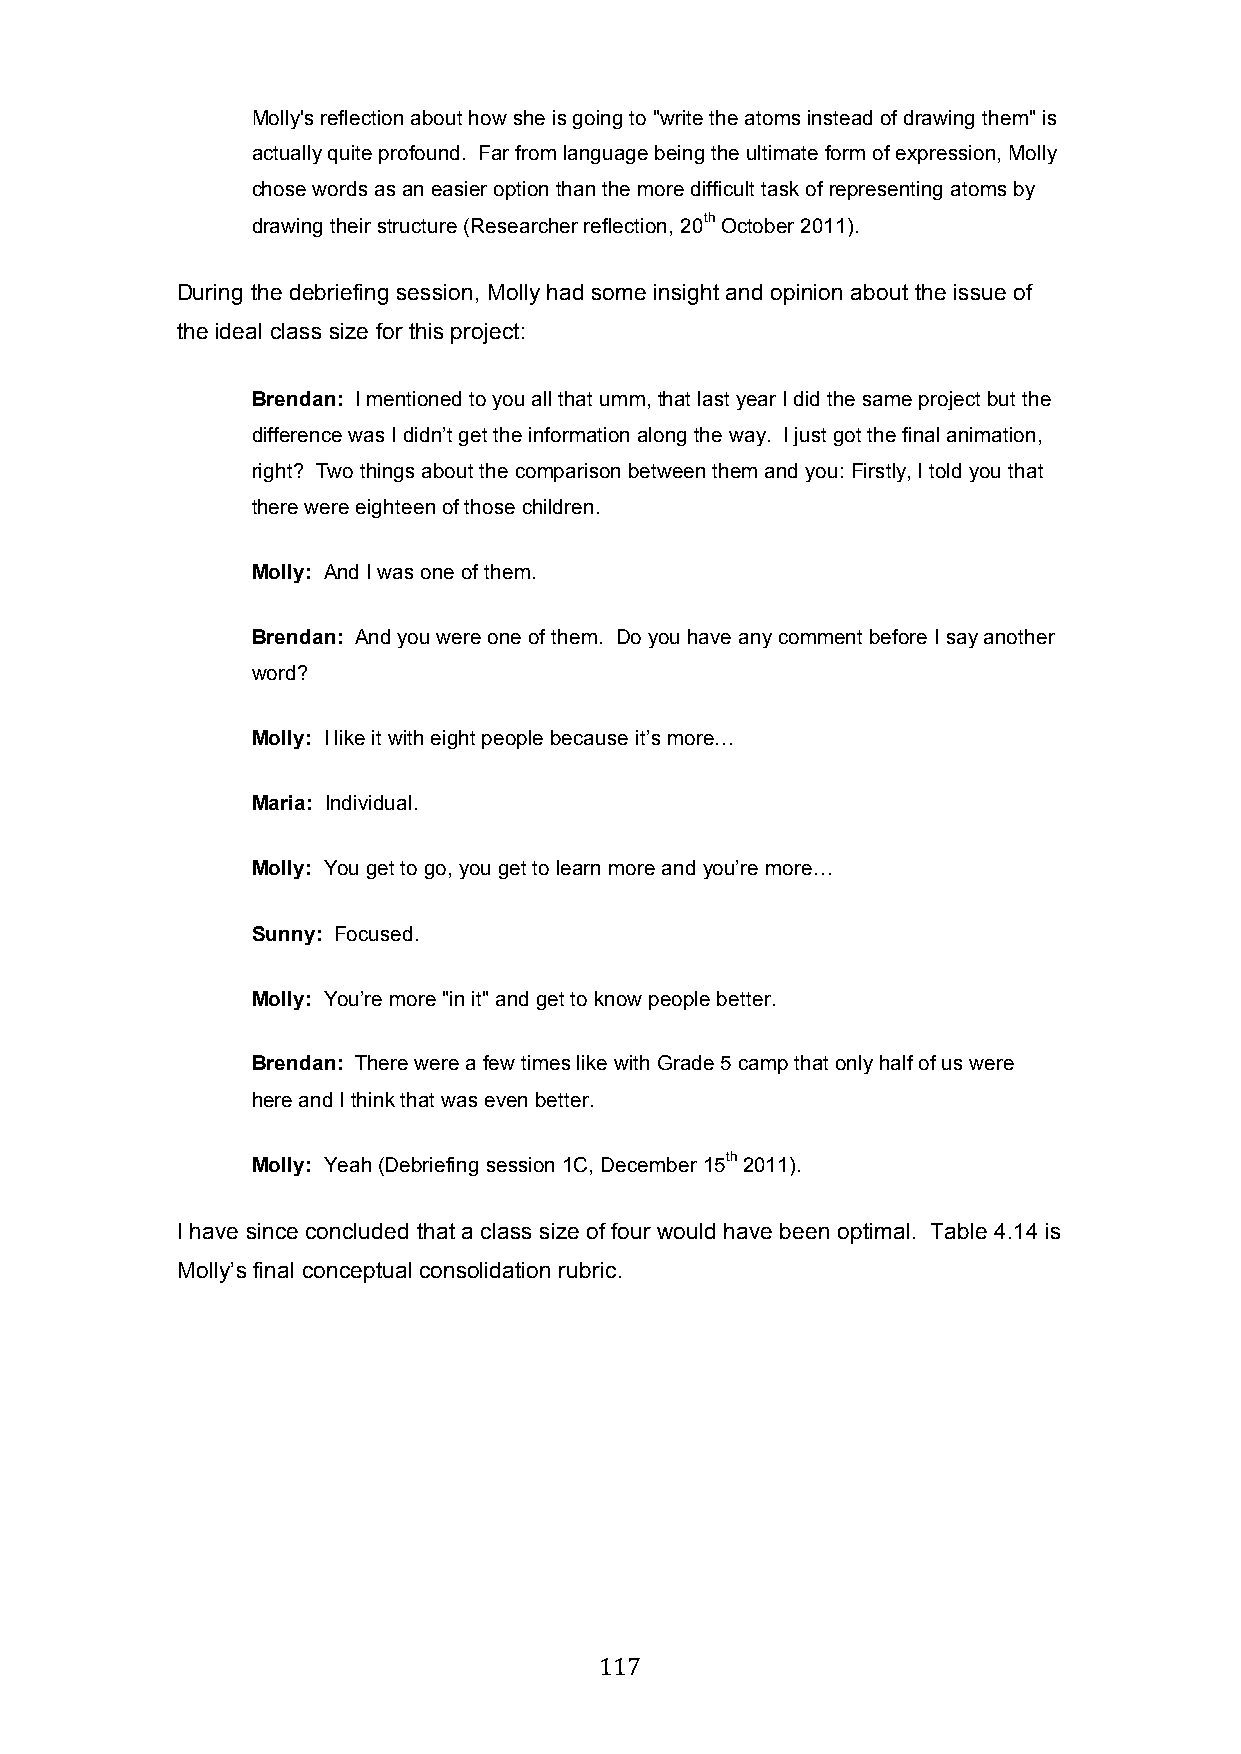
Molly's reflection about how she is going to "write the atoms instead of drawing them" is
 actually quite profound. Far from language being the ultimate form of expression, Molly
 chose words as an easier option than the more difficult task of representing atoms by
 drawing their structure (Researcher reflection, 20th October 2011).
 During the debriefing session, Molly had some insight and opinion about the issue of
 the ideal class size for this project:
 Brendan: I mentioned to you all that umm, that last year I did the same project but the
 difference was I didn’t get the information along the way. I just got the final animation,
 right? Two things about the comparison between them and you: Firstly, I told you that
 there were eighteen of those children.
 Molly: And I was one of them.
 Brendan: And you were one of them. Do you have any comment before I say another
 word?
 Molly: I like it with eight people because it’s more…
 Maria: Individual.
 Molly: You get to go, you get to learn more and you’re more…
 Sunny: Focused.
 Molly: You’re more "in it" and get to know people better.
 Brendan: There were a few times like with Grade 5 camp that only half of us were
 here and I think that was even better.
 Molly: Yeah (Debriefing session 1C, December 15th 2011).
 I have since concluded that a class size of four would have been optimal. Table 4.14 is
 Molly’s final conceptual consolidation rubric.
 117